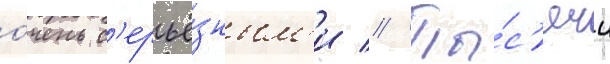
о́чень с'ерьё́зным'и // Ты́с'ячи